Lunatic asylums Madras 1892-1911 - 1892-1911
Year: 1892
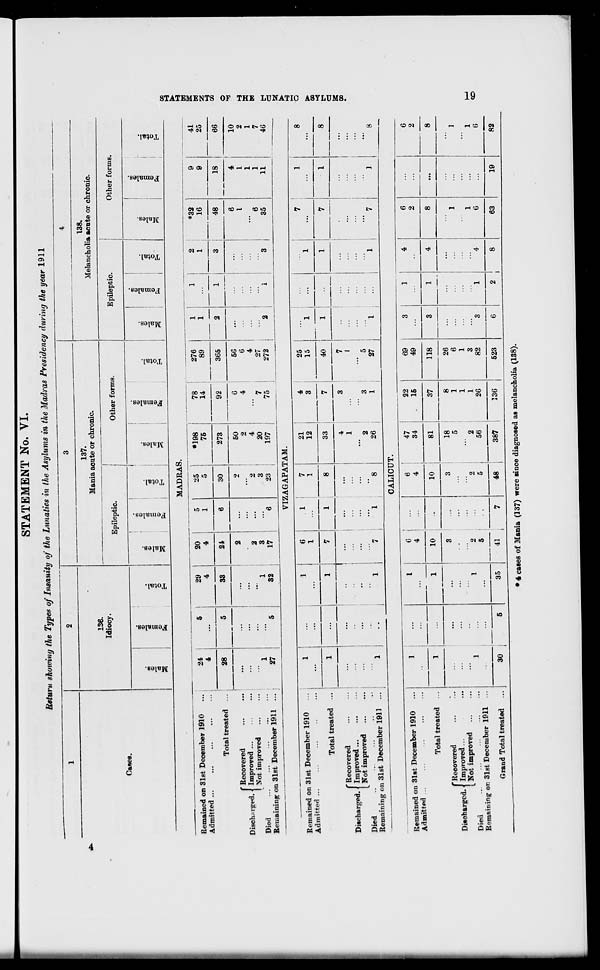
STATEMENT No. VI.
Return shoioing the Types of Insanity of the Lunatics in the Asylums in the Madras Presidency during the year 1911
1
2
3
4
136.
Idiocy.
137.
Mania acute or chronic.
138.
Melancholia actite or chronic.
OawB.
1
Epileptic.
j
Other forms.
Epileptic.
Other forms.
OD
Females.
Total.
Males.
Females.
Total.
Males.
Females.
Total.
Males.
Females.
Total.
Males.
Females.
Total.
VIZAGAPATAM.
Remained on 31st December 1910
Admitted
Total treated
'Recovered
Discharged. Improved
Not improved
Died
...
Remaining on 31st December 1911
7
7
i
21
12
4
3
33
4
1
2
26
25
15
40
3
1
7
I
5
27
CALICUT.
Remained on 31st December 1910
Admitted
Total treated
(Recovered
Improved...
Not improved
Died
Remaining or. 31st December 1911
Grand Total treated
30
I
G ,
...
4
■
1
10
35
2
5
41
6
4
47
34
10
81
22
15
2
5
48
1
i
2
56
37
8
1
1
1
26
387
136
69
49
118
26
6
1
3
82
523
6
2
1
G
63
19
* 4 cases of Mania (137) were since diagnosed as melancholia (138).
MADRAS.
Remained on 31st December 1910
Admitted ...
24
4
5
5
29
4
20
4
5
1
25
5
•198
75
78
14
276
89
1
1
2
1
1
"l
2
3
*32
16
48
9
9
41
25
Total treated ...
28
33
24
6
30
273
92
365
18
66
f Recovered
Discharged. 1 Improved
1 Kot improved
Died
..."
Remaining on 31st December 1911 ...
1
27
5
1
32
2
2
3
17
"*6
2
2
3
23
50
2
4
20
197
C
4
' 7
75
5G
6
4
27
272
2
3
6
I
6
35
4
1
1
1
11
10
2
1
7
4G
G
2
1
6
82
GO
g
W
z
GQ
O
w
t*
a
I
t—i
•Q
>
CD
><
f
a
s
CO
I— 1
CD